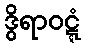
ဒွိရာဝဋ္ဋံ